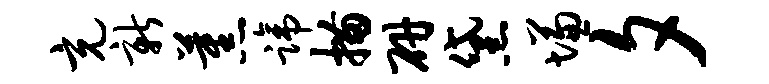
充新蕉蹄描研黛慊夕